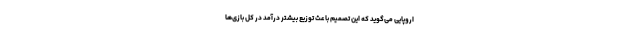
اروپایی می‌گوید که این تصمیم باعث توزیع بیشتر درآمد در کل بازی‌ها